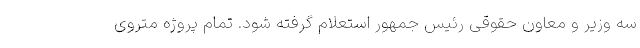
سه وزیر و معاون حقوقی رئیس جمهور استعلام گرفته شود. تمام پروژه متروی